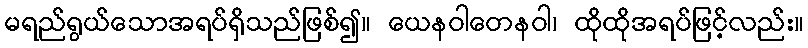
မရည်ရွယ်သောအရပ်ရှိသည်ဖြစ်၍။ ယေနဝါတေနဝါ၊ ထိုထိုအရပ်ဖြင့်လည်း။